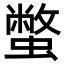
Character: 蟞